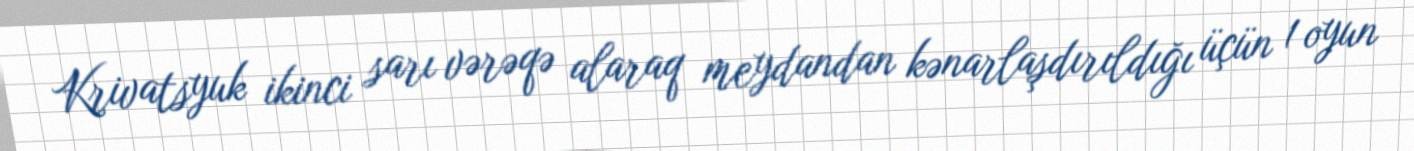
Krivatsyuk ikinci sarı vərəqə alaraq meydandan kənarlaşdırıldığı üçün 1 oyun